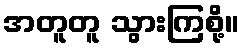
အတူတူ သွားကြစို့။